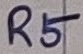
Text: R5